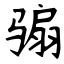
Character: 骟